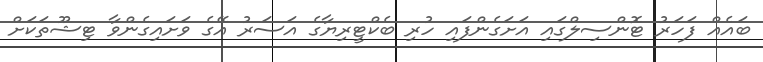
ބައެއް ފަހަރު ޓޮންސިލްގައި އަށަގެންފައި ހުރި ބެކްޓީރިޔާގެ އަސަރު އޭގެ ވަށައިގެންވާ ޓިޝޫތަކަށް